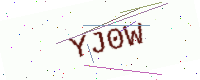
Text: YJ0W